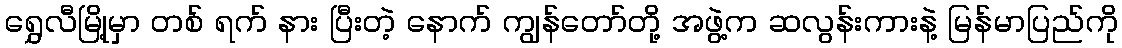
ရွှေလီမြို့မှာ တစ် ရက် နား ပြီးတဲ့ နောက် ကျွန်တော်တို့ အဖွဲ့က ဆလွန်းကားနဲ့ မြန်မာပြည်ကို